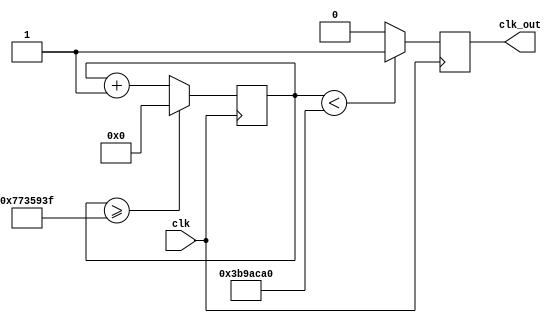
`timescale 1ns / 1ps
//////////////////////////////////////////////////////////////////////////////////
// Company: 
// Engineer: 
// 
// Design Name: 
// Module Name: ex1
// Project Name: 
// Target Devices: 
// Tool Versions: 
// Description: 
// 
// Dependencies: 
// 
// Revision:
// Revision 0.01 - File Created
// Additional Comments:
// 
//////////////////////////////////////////////////////////////////////////////////


module clockDiv(
    input clk,
    //output reg clock_out,
    output reg clk_out
    );
    reg[30:0] counter = 31'd0;
    parameter div = 31'd125000000;
    always @(posedge clk)
    begin
    counter <= counter + 31'd1;
    if (counter >= (div - 1))
    counter <= 31'd0;
    clk_out <= (counter<div/2)?1'b1:1'b0;
    //c_out <= (clock_out >0)?2'b01:2'b10;
    end
endmodule